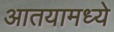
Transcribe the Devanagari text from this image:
आतयामध्ये